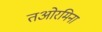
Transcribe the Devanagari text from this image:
तओरमिना